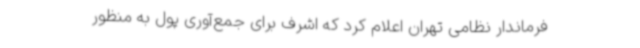
فرماندار نظامی تهران اعلام کرد که اشرف برای جمع‌آوری پول به‌ منظور